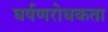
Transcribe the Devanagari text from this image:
घर्षणरोधकता